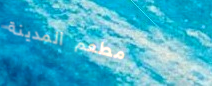
مطعم المدينة